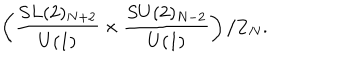
LaTeX: \left( \frac { S L ( 2 ) _ { N + 2 } } { U ( 1 ) } \times \frac { S U ( 2 ) _ { N - 2 } } { U ( 1 ) } \right) / { \bf Z } _ { N } .